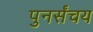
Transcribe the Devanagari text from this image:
पुनर्संचय